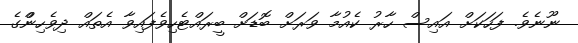
ނޫނެވެ. ފަހަކަށް އައިސް ހާރު ކެއުމާ ވަރަށް ބޮޑަށް ބީރައްޓެހިވެފައިވާ އެތައް ދިވެހިންްގެ